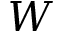
W